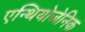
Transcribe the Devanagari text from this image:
एन्थियोजेनिक